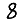
Digit: 8